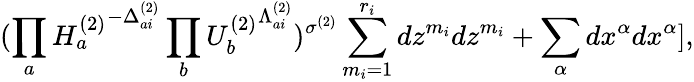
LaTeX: (\prod_{a}{H_{a}^{(2)}}^{-\Delta_{ai}^{(2)}}\prod_{b}{U_{b}^{(2)}}^{\Lambda_{ai}^{(2)}})^{\sigma^{(2)}}\sum_{m_{i}=1}^{r_{i}}dz^{m_{i}}dz^{m_{i}}+\sum_{\alpha}dx^{\alpha}dx^{\alpha}],